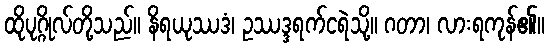
ထိုပုဂ္ဂိုလ်တို့သည်။ နိရယုဿဒံ၊ ဥဿဒ္ဒရက်ငရဲသို့။ ဂတာ၊ လားရကုန်၏။